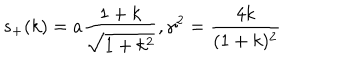
s _ { + } ( k ) = a \frac { 1 + k } { \sqrt { 1 + k ^ { 2 } } } , \gamma ^ { 2 } = \frac { 4 k } { ( 1 + k ) ^ { 2 } }